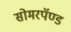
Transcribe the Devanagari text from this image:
सोमरपॅण्ड